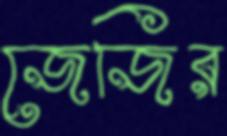
জেজির